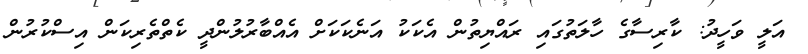
އަލީ ވަހީދު: ކާރިސާގެ ހާލަތުގައި ރައްޔިތުން އެކަކު އަނެކަކަށް އެއްބާރުލުންދީ ކެތްތެރިކަން އިސްކުރުން